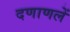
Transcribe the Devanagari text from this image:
दणाणलें